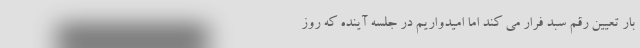
بار تعیین رقم سبد فرار می کند اما امیدواریم در جلسه آینده که روز